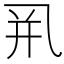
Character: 𰁀